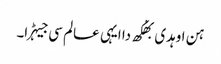
ہن اوہدی بھُکھ دا ایہی عالم سی جیہڑا۔